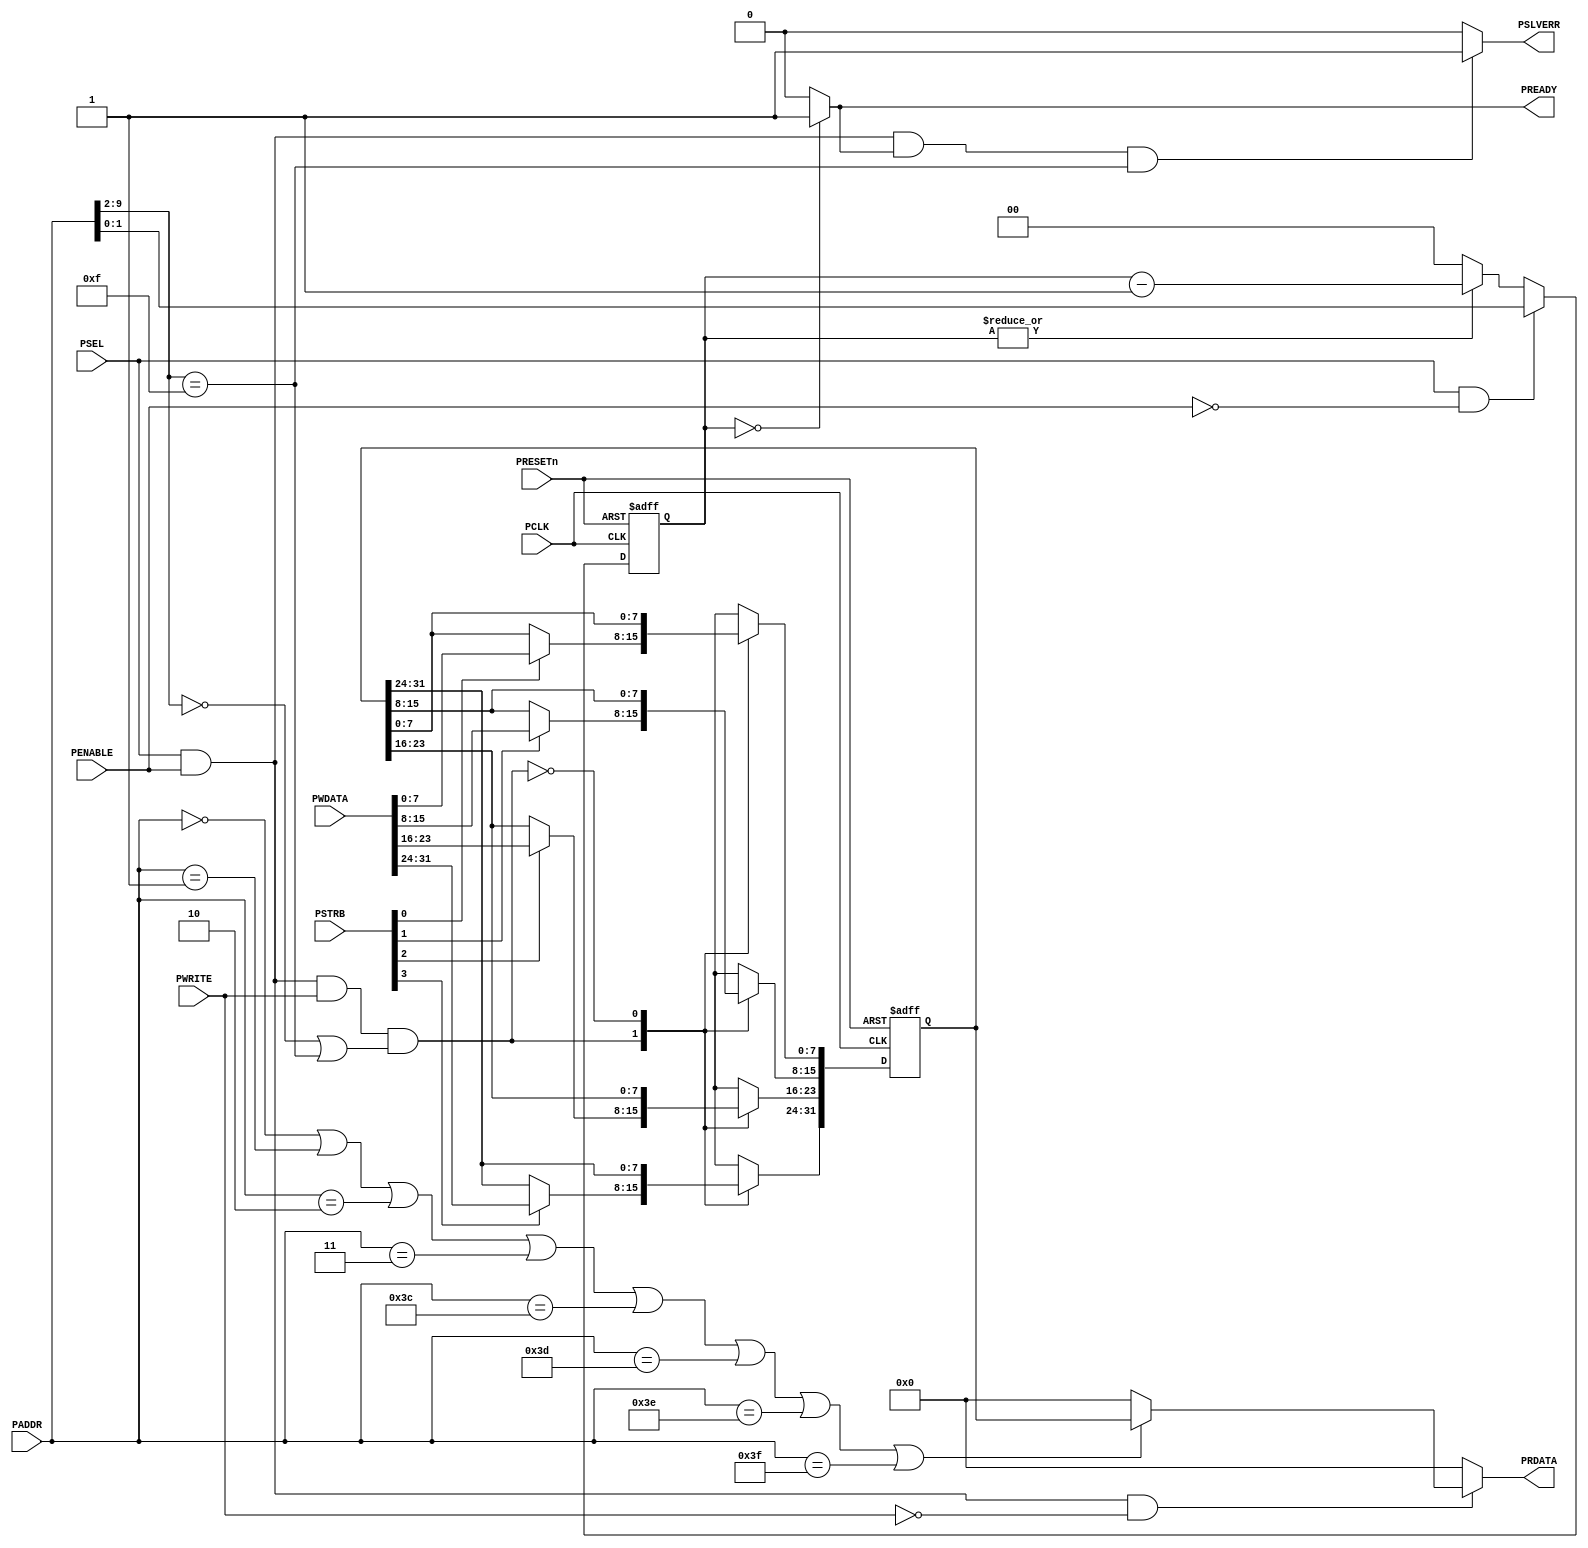
//------------------------------------------------------------------------------
// Abstract : APB test slave for testing of wait state and error response in
//            the APB subsystem. For validation purpose only.
//------------------------------------------------------------------------------
// Programmer's model
//  0x000   R/W    Data0[31:0], 0 wait state (2 cycles transfer)
//  0x004   R/W    Data0[31:0], 1 wait state (3 cycles transfer)
//  0x008   R/W    Data0[31:0], 2 wait states (4 cycles transfer)
//  0x00C   R/W    Data0[31:0], 3 wait states (5 cycles transfer)
//
//  0x0F0   R/W    Data0[31:0], 0 wait state, error response
//  0x0F4   R/W    Data0[31:0], 1 wait state, error response
//  0x0F8   R/W    Data0[31:0], 2 wait states, error response
//  0x0FC   R/W    Data0[31:0], 3 wait states, error response
//
//  other addresses : read zero, write ignored
//
module apb_test_slave(
    // IO declaration
    input  wire                    PCLK,     // clock
    input  wire                    PRESETn,  // reset

    // APB interface inputs
    input  wire                    PSEL,
    input  wire [11:2]             PADDR,
    input  wire                    PENABLE,
    input  wire                    PWRITE,
    input  wire [31:0]             PWDATA,
    input  wire [3:0]              PSTRB,

    // APB interface outputs
    output wire  [31:0]            PRDATA,
    output wire                    PREADY,
    output wire                    PSLVERR
);

//------------------------------------------------------------------------------
// internal wires
//------------------------------------------------------------------------------
reg   [31:0]              reg_data0;  // data register
reg   [31:0]              nxt_data0;
reg   [ 1:0]              reg_wait_counter; // wait state counter
reg   [ 1:0]              nxt_wait_counter;
wire  [31:0]              read_data_mux;

//------------------------------------------------------------------------------
// Main code
//------------------------------------------------------------------------------
// Data register
always @(PSEL or PENABLE or PWRITE or PWDATA or PSTRB or PADDR or
  reg_data0)
  begin
  case (PSEL & PENABLE & PWRITE & ((PADDR[11:4]==8'h00)|(PADDR[11:4]==8'h0F)))
   1'b1:
    begin
    nxt_data0[ 7: 0] = (PSTRB[0]) ? PWDATA[ 7: 0] : reg_data0[ 7: 0];
    nxt_data0[15: 8] = (PSTRB[1]) ? PWDATA[15: 8] : reg_data0[15: 8];
    nxt_data0[23:16] = (PSTRB[2]) ? PWDATA[23:16] : reg_data0[23:16];
    nxt_data0[31:24] = (PSTRB[3]) ? PWDATA[31:24] : reg_data0[31:24];
    end
   1'b0:
    nxt_data0 = reg_data0;
   default:
    nxt_data0 = {32{1'bx}};
  endcase
  end

// register data register
always @(posedge PCLK or negedge PRESETn)
  begin
  if (~PRESETn)
    reg_data0 <= {32{1'b0}};
  else
    reg_data0 <= nxt_data0;
  end

// Read data multiplexer
assign read_data_mux = ((PADDR[11:2] == 10'b0000_0000_00) |
                        (PADDR[11:2] == 10'b0000_0000_01) |
                        (PADDR[11:2] == 10'b0000_0000_10) |
                        (PADDR[11:2] == 10'b0000_0000_11) |
                        (PADDR[11:2] == 10'b0000_1111_00) |
                        (PADDR[11:2] == 10'b0000_1111_01) |
                        (PADDR[11:2] == 10'b0000_1111_10) |
                        (PADDR[11:2] == 10'b0000_1111_11) ) ? reg_data0 : {32{1'b0}};

// Wait counter
always @(PSEL or PENABLE or PADDR or reg_wait_counter)
  begin
  if (PSEL & (~PENABLE)) // Set counter at first cycle of APB transfer
    nxt_wait_counter = PADDR[3:2];
  else if  (|reg_wait_counter) // Decrement after 1st cycle
    nxt_wait_counter = reg_wait_counter - 2'b01;
  else // Idle
    nxt_wait_counter = 2'b00;
  end

// register wait counter
always @(posedge PCLK or negedge PRESETn)
  begin
  if (~PRESETn)
    reg_wait_counter <= 2'b00;
  else
    reg_wait_counter <= nxt_wait_counter;
  end

assign PREADY = (reg_wait_counter==2'b00) ?  1'b1 : 1'b0;

// Error response
assign PSLVERR = (PSEL & PENABLE & PREADY & (PADDR[11:4]==8'h0F)) ? 1'b1 : 1'b0;

assign PRDATA  = (PSEL & PENABLE & (~PWRITE)) ? read_data_mux : {32{1'b0}};

endmodule